Indian journal of veterinary science and animal husbandry - Volume 3,
Year: 1933
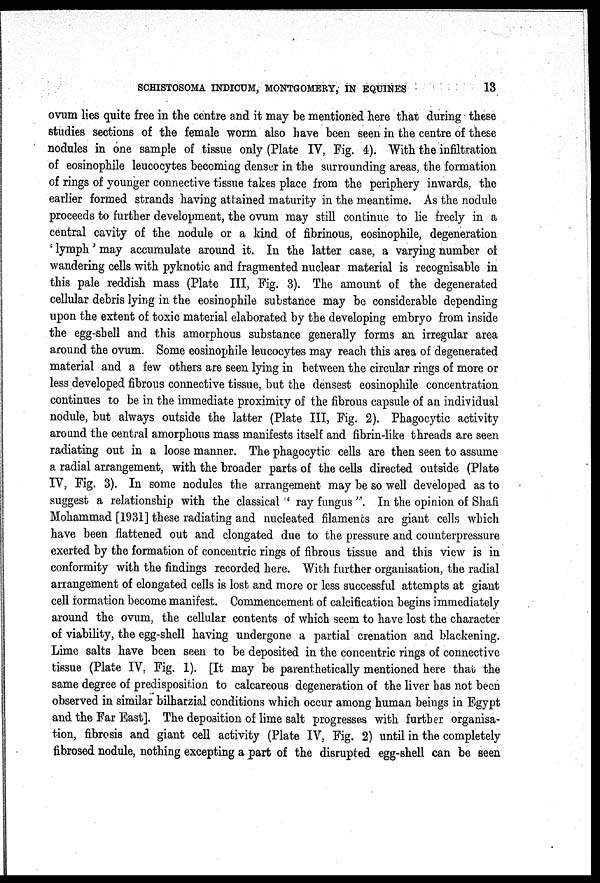
SCHISTOSOMA INDICUM, MONTGOMERY, IN EQUINES
13
ovum lies quite free in the centre and it may be mentioned here that during these
studies sections of the female worm also have been seen in the centre of these
nodules in one sample of tissue only (Plate IV, Fig. 4). With the infiltration
of eosinophile leucocytes becoming denser in the surrounding areas, the formation
of rings of younger connective tissue takes place from the periphery inwards, the
earlier formed strands having attained maturity in the meantime. As the nodule
proceeds to further development, the ovum may still continue to lie freely in a
central cavity of the nodule or a kind of fibrinous, eosinophile, degeneration
' lymph' may accumulate around it. In the latter case, a varying number of
wandering cells with pyknotic and fragmented nuclear material is recognisable in
this pale reddish mass (Plate III, Fig. 3). The amount of the degenerated
cellular debris lying in the eosinophile substance may be considerable depending
upon the extent of toxic material elaborated by the developing embryo from inside
the egg-shell and this amorphous substance generally forms an irregular area
around the ovum. Some eosinophile leucocytes may reach this area of degenerated
material and a few others are seen lying in between the circular rings of more or
less developed fibrous connective tissue, but the densest eosinophile concentration
continues to be in the immediate proximity of the fibrous capsule of an individual
nodule, but always outside the latter (Plate III, Fig. 2). Phagocytic activity
around the central amorphous mass manifests itself and fibrin-like threads are seen
radiating out in a loose manner. The phagocytic cells are then seen to assume
a radial arrangement, with the broader parts of the cells directed outside (Plate
IV, Fig. 3). In some nodules the. arrangement may be so well developed as to
suggest a relationship with the classical " ray fungus ". In the opinion of Shafi
Mohammad [1931] these radiating and nucleated filaments are giant cells which
have been flattened out and elongated due to the pressure and counterpressure
exerted by the formation of concentric rings of fibrous tissue and this view is in
conformity with the findings recorded here. With further organisation, the radial
arrangement of elongated cells is lost and more or less successful attempts at giant
cell formation become manifest. Commencement of calcification begins immediately
around the ovum, the cellular contents of which seem to have lost the character
of viability, the egg-shell having undergone a partial crenation and blackening.
Lime salts have been seen to be deposited in the concentric rings of connective
tissue (Plate IV, Fig. 1). [It may be parenthetically mentioned here that the
same degree of predisposition to calcareous degeneration of the liver has not been
observed in similar bilharzial conditions which occur among human beings in Egypt
and the Far East]. The deposition of lime salt progresses with further organisa-
tion, fibrosis and giant cell activity (Plate IV, Fig. 2) until in the completely
fibrosed nodule, nothing excepting a part of the disrupted egg-shell can be seen